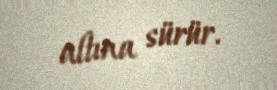
altına sürür.